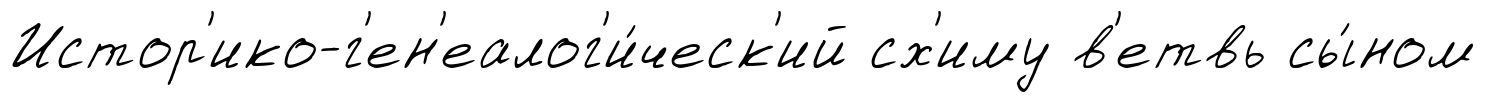
Истор'ико-г'ен'еалог'и́ческ'ий сх'иму в'етвь сы́ном